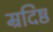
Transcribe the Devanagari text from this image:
म्रदिष्ठ